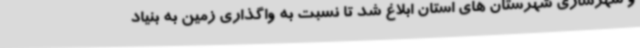
و شهرسازی شهرستان های استان ابلاغ شد تا نسبت به واگذاری زمین به بنیاد